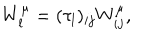
LaTeX: W _ { l } ^ { \mu } = ( { \tau _ { l } } ) _ { i j } W _ { i j } ^ { \mu } ,